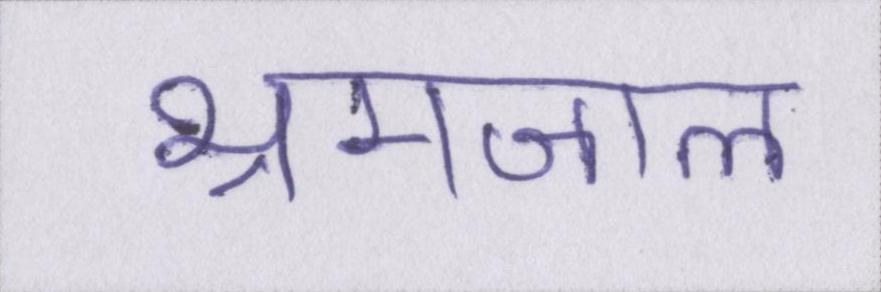
भ्रमजाल